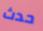
حدث